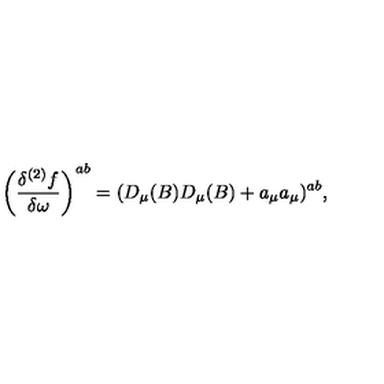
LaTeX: \left( \frac { \delta ^ { ( 2 ) } f } { \delta \omega } \right) ^ { a b } = ( D _ { \mu } ( B ) D _ { \mu } ( B ) + a _ { \mu } a _ { \mu } ) ^ { a b } ,